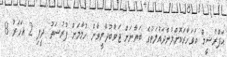
އަފްރާޝީމް އަވަހާރަކޮށްލުންދައުލަތުގެ ބަޔާނަށް ޖަވާބުދާރީވާން ހުމާމަށް ފުރުސަތު ދީފި 2 އަހަރު 8